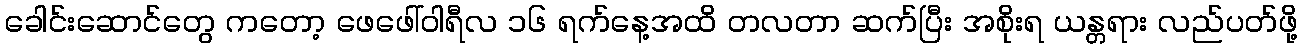
ခေါင်းဆောင်တွေ ကတော့ ဖေဖေါ်ဝါရီလ ၁၆ ရက်နေ့အထိ တလတာ ဆက်ပြီး အစိုးရ ယန္တရား လည်ပတ်ဖို့